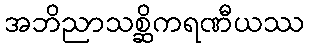
အဘိညာသစ္ဆိကရဏီယဿ